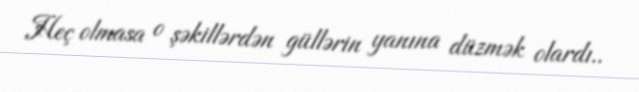
Heç olmasa o şəkillərdən güllərin yanına düzmək olardı..